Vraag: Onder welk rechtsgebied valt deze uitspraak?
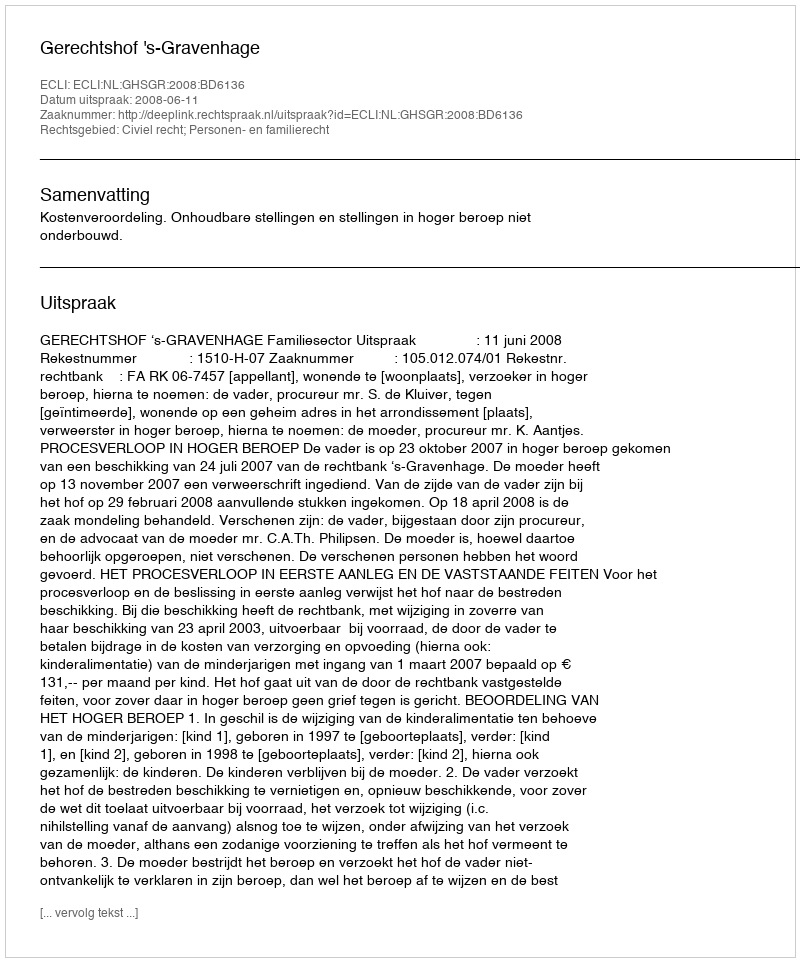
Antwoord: Civiel recht; Personen- en familierecht